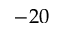
- 2 0